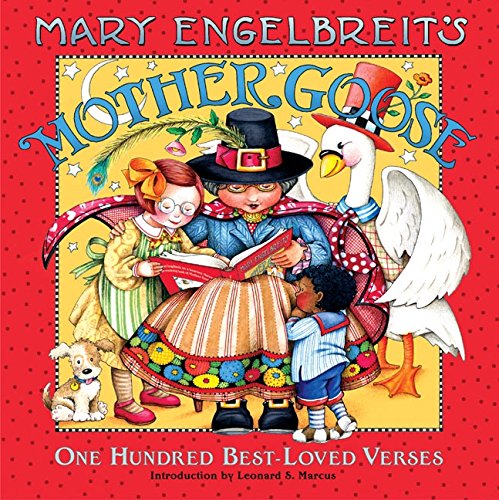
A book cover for Mary Engelbreit's Mother Goose: One Hundred Best-Loved Verses; Mary Engelbreit; Children's Books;